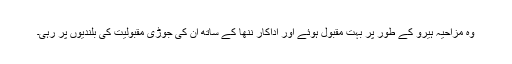
وہ مزاحیہ ہیرو کے طور پر بہت مقبول ہوئے اور اداکار ننھا کے ساتھ ان کی جوڑی مقبولیت کی بلندیوں پر رہی۔